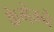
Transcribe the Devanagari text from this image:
केगेम्ने